Vaccination in the Punjab 1883-1896 - 1883-1896
Year: 1883
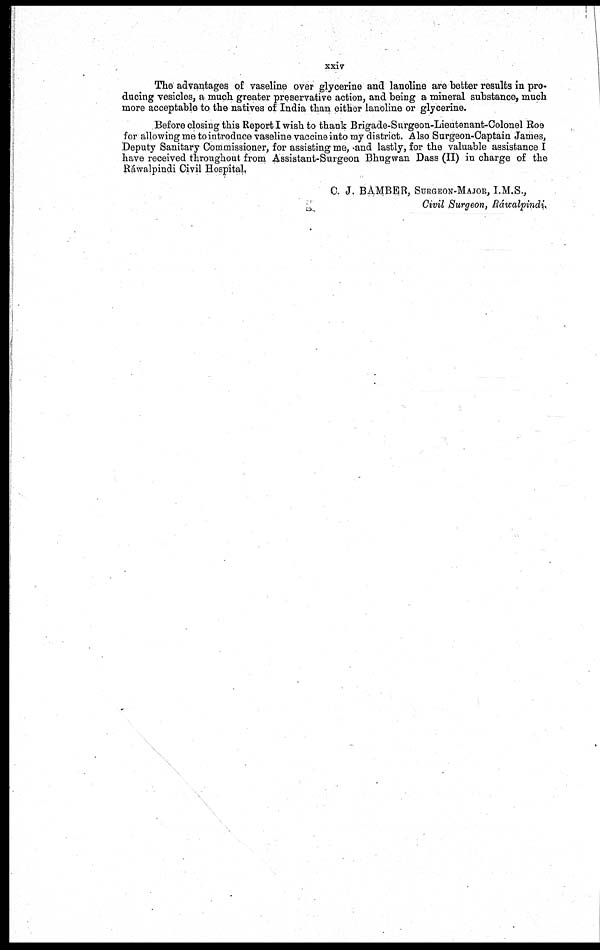
xxiv
The advantages of vaseline over glycerine and lanoline are better results in pro-
ducing vesicles, a much greater preservative action, and being a mineral substance, much
more acceptable to the natives of India than either lanoline or glycerine.
Before closing this Report I wish to thank Brigade-Surgeon-Lieutenant-Colonel Roe
for allowing me to introduce vaseline vaccine into my district. Also Surgeon-Captain James,
Deputy Sanitary Commissioner, for assisting me, and lastly, for the valuable assistance I
have received throughout from Assistant-Surgeon Bhugwan Dass (II) in charge of the
Ráwalpindi Civil Hospital.
C.J. BAMBER, SURGEON-MAJOR, I.M.S.,
Civil Surgeon, Ráwalpindi.